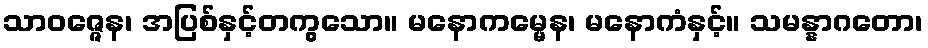
သာဝဇ္ဇေန၊ အပြစ်နှင့်တကွသော။ မနောကမ္မေန၊ မနောကံနှင့်။ သမန္နာဂတော၊